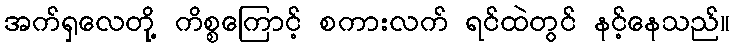
အက်ရှလေတို့ ကိစ္စကြောင့် စကားလက် ရင်ထဲတွင် နင့်နေသည်။